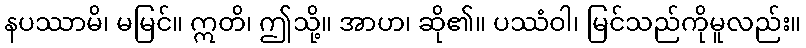
နပဿာမိ၊ မမြင်။ ဣတိ၊ ဤသို့။ အာဟ၊ ဆို၏။ ပဿံဝါ၊ မြင်သည်ကိုမူလည်း။